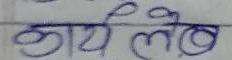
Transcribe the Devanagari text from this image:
कार्य ले